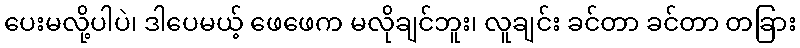
ပေးမလို့ပါပဲ၊ ဒါပေမယ့် ဖေဖေက မလိုချင်ဘူး၊ လူချင်း ခင်တာ ခင်တာ တခြား